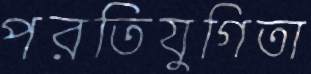
পরতিযুগিতা